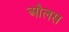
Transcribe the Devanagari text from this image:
औलस